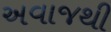
અવાજથી